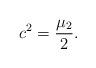
LaTeX: \begin{align*} c ^ 2 = \frac { \mu _ 2 } 2 .\end{align*}